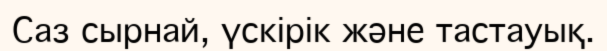
Саз сырнай, үскірік және тастауық.